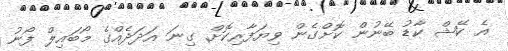
އެ ކޭޝް ކާޑު ބޭނުން ކޮށްގެން ވިޔަފާރިކޮށް